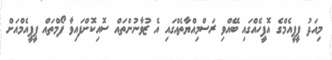
މިއަދު ޕީޕީއެމްގެ އޮފީހެއްގައި ބޭއްވި ރަސްމިއްޔާތެއްގައި އެ ޒުވާނުންތައް ސޮއިކޮށްފައިވާ ފޯމްތައް ޕީޕީއެމްއަށް